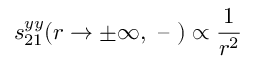
s _ { 2 1 } ^ { y y } ( r \rightarrow \pm \infty , \textrm { -- } ) \propto \frac { 1 } { r ^ { 2 } }